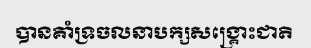
បានគាំទ្រចលនាបក្សសង្គ្រោះជាតិ